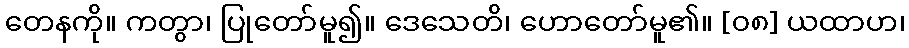
တေနကို။ ကတွာ၊ ပြုတော်မူ၍။ ဒေသေတိ၊ ဟောတော်မူ၏။ [၀၈] ယထာဟ၊